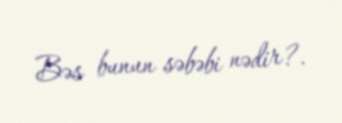
Bəs bunun səbəbi nədir?.